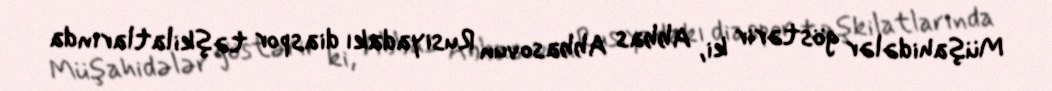
Müşahidələr göstərir ki, Abbas Abbasovun Rusiyadakı diaspor təşkilatlarında